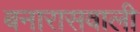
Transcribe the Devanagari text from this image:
बनारासवाली